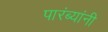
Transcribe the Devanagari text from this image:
पारंब्यांनी